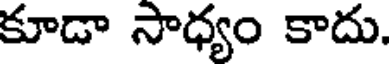
కూడా సాధ్యం కాదు.